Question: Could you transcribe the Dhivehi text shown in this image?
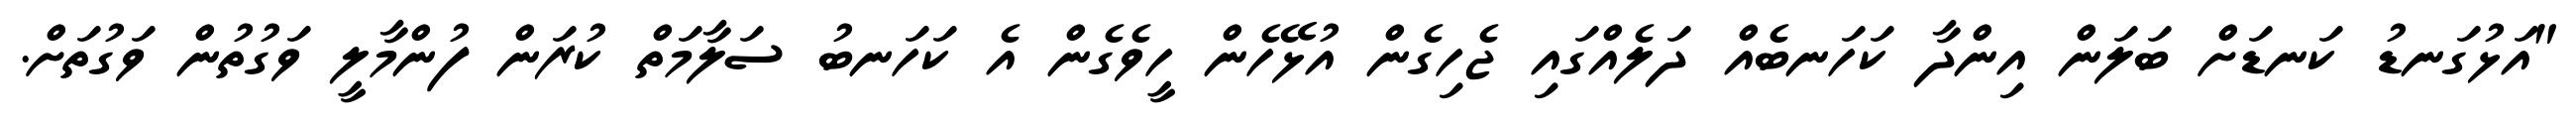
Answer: "އަޅުގަނޑު ކަނޑަށް ބަލަން އިންދާ ކަހަނބެއް ދަލެއްގައި ޖެހިގެން އުޅޭހެން ހީވެގެން އެ ކަހަނބު ސަލާމަތް ކުރަން ފުންމާލީ ވަގުތުން ވަގުތަށް.